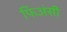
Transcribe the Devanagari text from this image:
फिअंसी